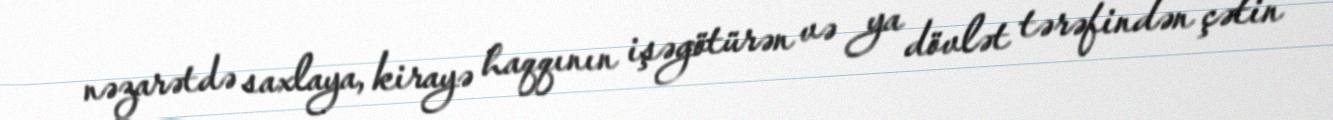
nəzarətdə saxlaya, kirayə haqqının işəgötürən və ya dövlət tərəfindən çətin